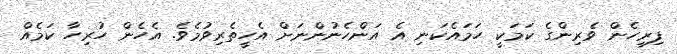
ފިރިހެން ވެރިންގެ ކަމަކީ ހަމައެކަނި އެ އަންހެނުންނަށް އެހީތެރިވުމެވެ. އެހެން ހުރިހާ ކަމެއް